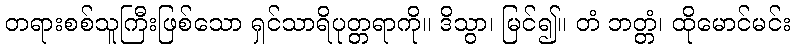
တရားစစ်သူကြီးဖြစ်သော ရှင်သာရိပုတ္တရာကို။ ဒိသွာ၊ မြင်၍။ တံ ဘတ္တံ၊ ထိုမောင်မင်း